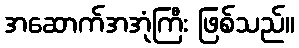
အဆောက်အအုံကြီး ဖြစ်သည်။